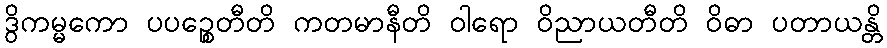
ဒွိကမ္မကော ပပဉ္စေတီတိ ကတမာနီတိ ဝါရော ဝိညာယတီတိ ဝိဓာ ပတာယန္တိ